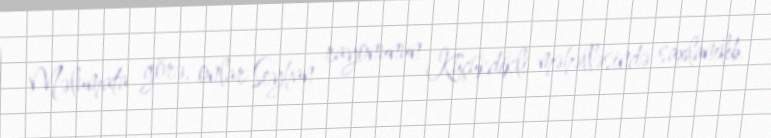
Məlumata görə, onlar Seyhan rayonunun Küçükdikli məhəlləsində saxlanılıb.